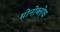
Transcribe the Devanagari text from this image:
मोनोब्लोक